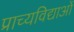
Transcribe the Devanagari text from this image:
प्राच्यविद्याओं